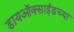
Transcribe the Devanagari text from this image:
डायऑक्साईडच्या